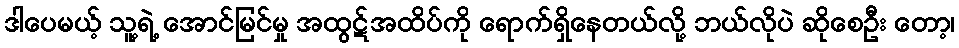
ဒါပေမယ့် သူ့ရဲ့ အောင်မြင်မှု အထွဋ်အထိပ်ကို ရောက်ရှိနေတယ်လို့ ဘယ်လိုပဲ ဆိုစေဦး တော့၊